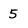
Character: 5